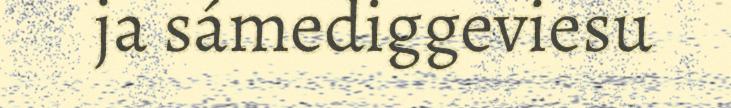
ja sámediggeviesu